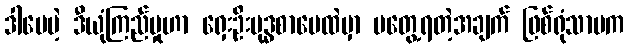
ဒါပေမဲ့ ဒီယုံကြည်မှုဟာ ရှေးဦးဗုဒ္ဓစာပေထဲမှာ မတွေ့ရတဲ့အချက် ဖြစ်ရုံသာမက